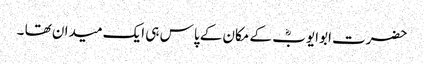
حضرت ابوایوبؓ کے مکان کے پاس ہی ایک میدان تھا ۔